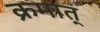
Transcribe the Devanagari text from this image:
क्रमात्